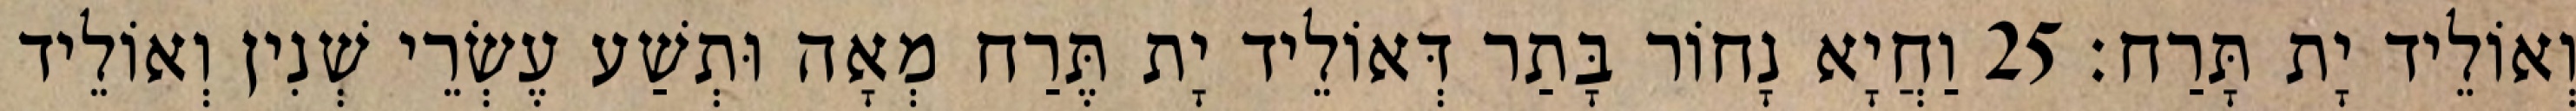
וְאוֹלֵיד יָת תָּרַח׃ 25 וַחֲיָא נָחוֹר בָּתַר דְּאוֹלֵיד יָת תֶּרַח מְאָה וּתְשַׁע עֶשְׂרֵי שְׁנִין וְאוֹלֵיד